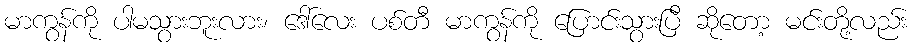
မာကွန်ကို ပါမသွားဘူးလား၊ ဒေါ်လေး ပစ်တီ မာကွန်ကို ပြောင်းသွားပြီ ဆိုတော့ မင်းတို့လည်း